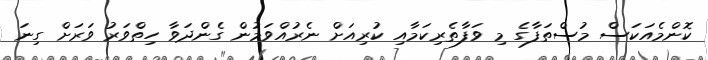
ކޮންމެއަކަސް މުސްތަފާގެ މި ވަފާތެރިކަމާއި ކުރިއަށް ނެރުއްވަމުން ގެންދަވާ ހިތްވަރު ވަރަށް ގިނަ